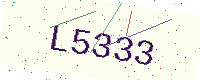
Text: L5333